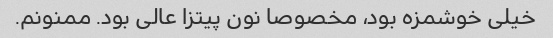
خیلی خوشمزه بود، مخصوصا نون پیتزا عالی بود. ممنونم.